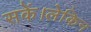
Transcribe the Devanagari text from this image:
सकें।लेकिन